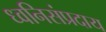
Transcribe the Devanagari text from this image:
ध्वनिसंप्रदाय